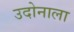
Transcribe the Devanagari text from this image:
उदोनाला